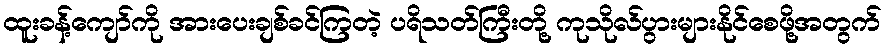
ထူးခန့်ကျော်ကို အားပေးချစ်ခင်ကြတဲ့ ပရိသတ်ကြီးတို့ ကုသိုလ်ပွားများနိုင်စေဖို့အတွက်